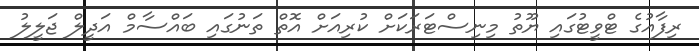
ރިފާއުގެ ޓްވީޓުގައި ޔޫތު މިނިސްޓަރަކަށް ކުރިއަށް އޮތް ތަނުގައި ބައްސާމް އަދީލް ޖަލީލު